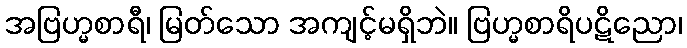
အဗြဟ္မစာရီ၊ မြတ်သော အကျင့်မရှိဘဲ။ ဗြဟ္မစာရိပဋိညော၊